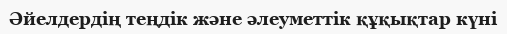
Әйелдердің теңдік және әлеуметтік құқықтар күні